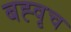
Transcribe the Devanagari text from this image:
बह्वृच